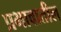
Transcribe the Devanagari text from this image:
प्रभावातील